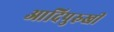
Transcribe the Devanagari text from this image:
आदिपुरुखीं